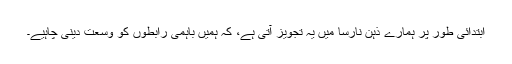
ابتدائی طور پر ہمارے ذہنِ نارسا میں یہ تجویز آتی ہے، کہ ہمیں باہمی رابطوں کو وسعت دینی چاہیے۔